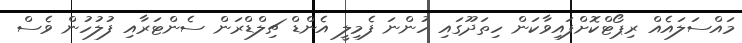
މައްސަލައެއް ރިޕޯޓްކޮށްފައިވާކަން ހިތަދޫގައި ހުންނަ ފެމިލީ އެންޑް ޗިލްޑްރަން ސެންޓަރާއި ފުލުހުން ވެސް